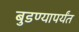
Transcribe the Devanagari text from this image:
बुडण्यापर्यंत